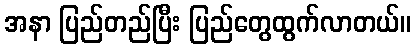
အနာ ပြည်တည်ပြီး ပြည်တွေထွက်လာတယ်။